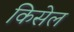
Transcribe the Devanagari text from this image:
किसेल